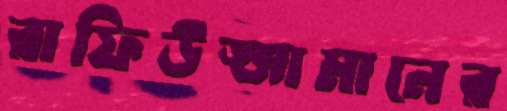
রাফিউজ্জামানের